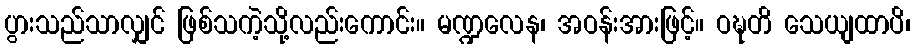
ပွားသည်သာလျှင် ဖြစ်သကဲ့သို့လည်းကောင်း။ မဏ္ဍလေန၊ အဝန်းအားဖြင့်။ ဝဍ္ဎတိ သေယျထာပိ၊